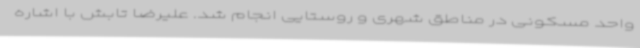
واحد مسکونی در مناطق شهری و روستایی انجام شد. علیرضا تابش با اشاره